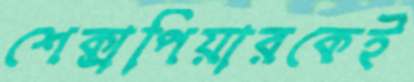
শেক্সপিয়ারকেই